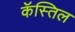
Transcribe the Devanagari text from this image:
कॅस्तिल